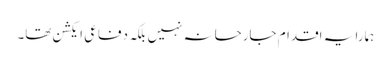
ہمارا یہ اقدام جارحانہ نہیں بلکہ دفاعی ایکشن تھا۔